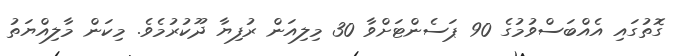
ގޮތުގައި އެއްބަސްވުމުގެ 90 ޕަސެންޓަށްވާ 30 މިލިއަން ރުފިޔާ ދޫކުރުމެވެ. މިކަން މާލިއްޔަތު